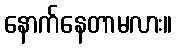
နောက်နေတာမလား။